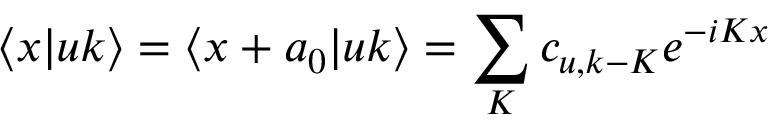
\langle x | u k \rangle = \langle x + a _ { 0 } | u k \rangle = \sum _ { K } c _ { u , k - K } e ^ { - i K x }